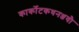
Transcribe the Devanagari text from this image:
कार्कोटकधनञ्जयौ